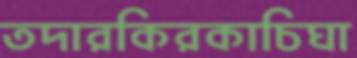
তদারকিরকাচিঘা